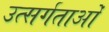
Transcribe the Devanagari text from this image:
उत्सर्गताओं